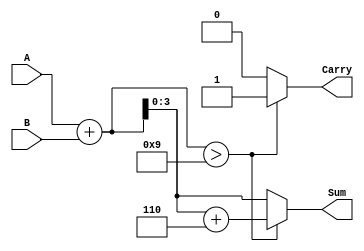
module BCD_Adder (
    input  wire [3:0] A,       // First BCD digit
    input  wire [3:0] B,       // Second BCD digit
    output reg  [3:0] Sum,      // BCD sum output
    output reg  Carry           // Carry output
);

    wire [4:0] temp_sum;        // Temporary 5-bit sum for addition

    // Binary addition of the two BCD inputs
    assign temp_sum = A + B;    // 5-bit to accommodate any overflow

    always @(*) begin
        // Initialize outputs
        Sum = 4'b0000;
        Carry = 1'b0;

        // Check if we need to adjust the sum for BCD
        if (temp_sum > 9) begin
            Sum = temp_sum + 4'b0110; // Add 6 to the sum for BCD correction
            Carry = 1'b1;              // Set carry if there was a correction
        end else begin
            Sum = temp_sum[3:0];       // If no correction needed, use the lower 4 bits
        end
    end

endmodule